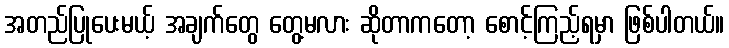
အတည်ပြုပေးမယ့် အချက်တွေ တွေ့မလား ဆိုတာကတော့ စောင့်ကြည့်ရမှာ ဖြစ်ပါတယ်။